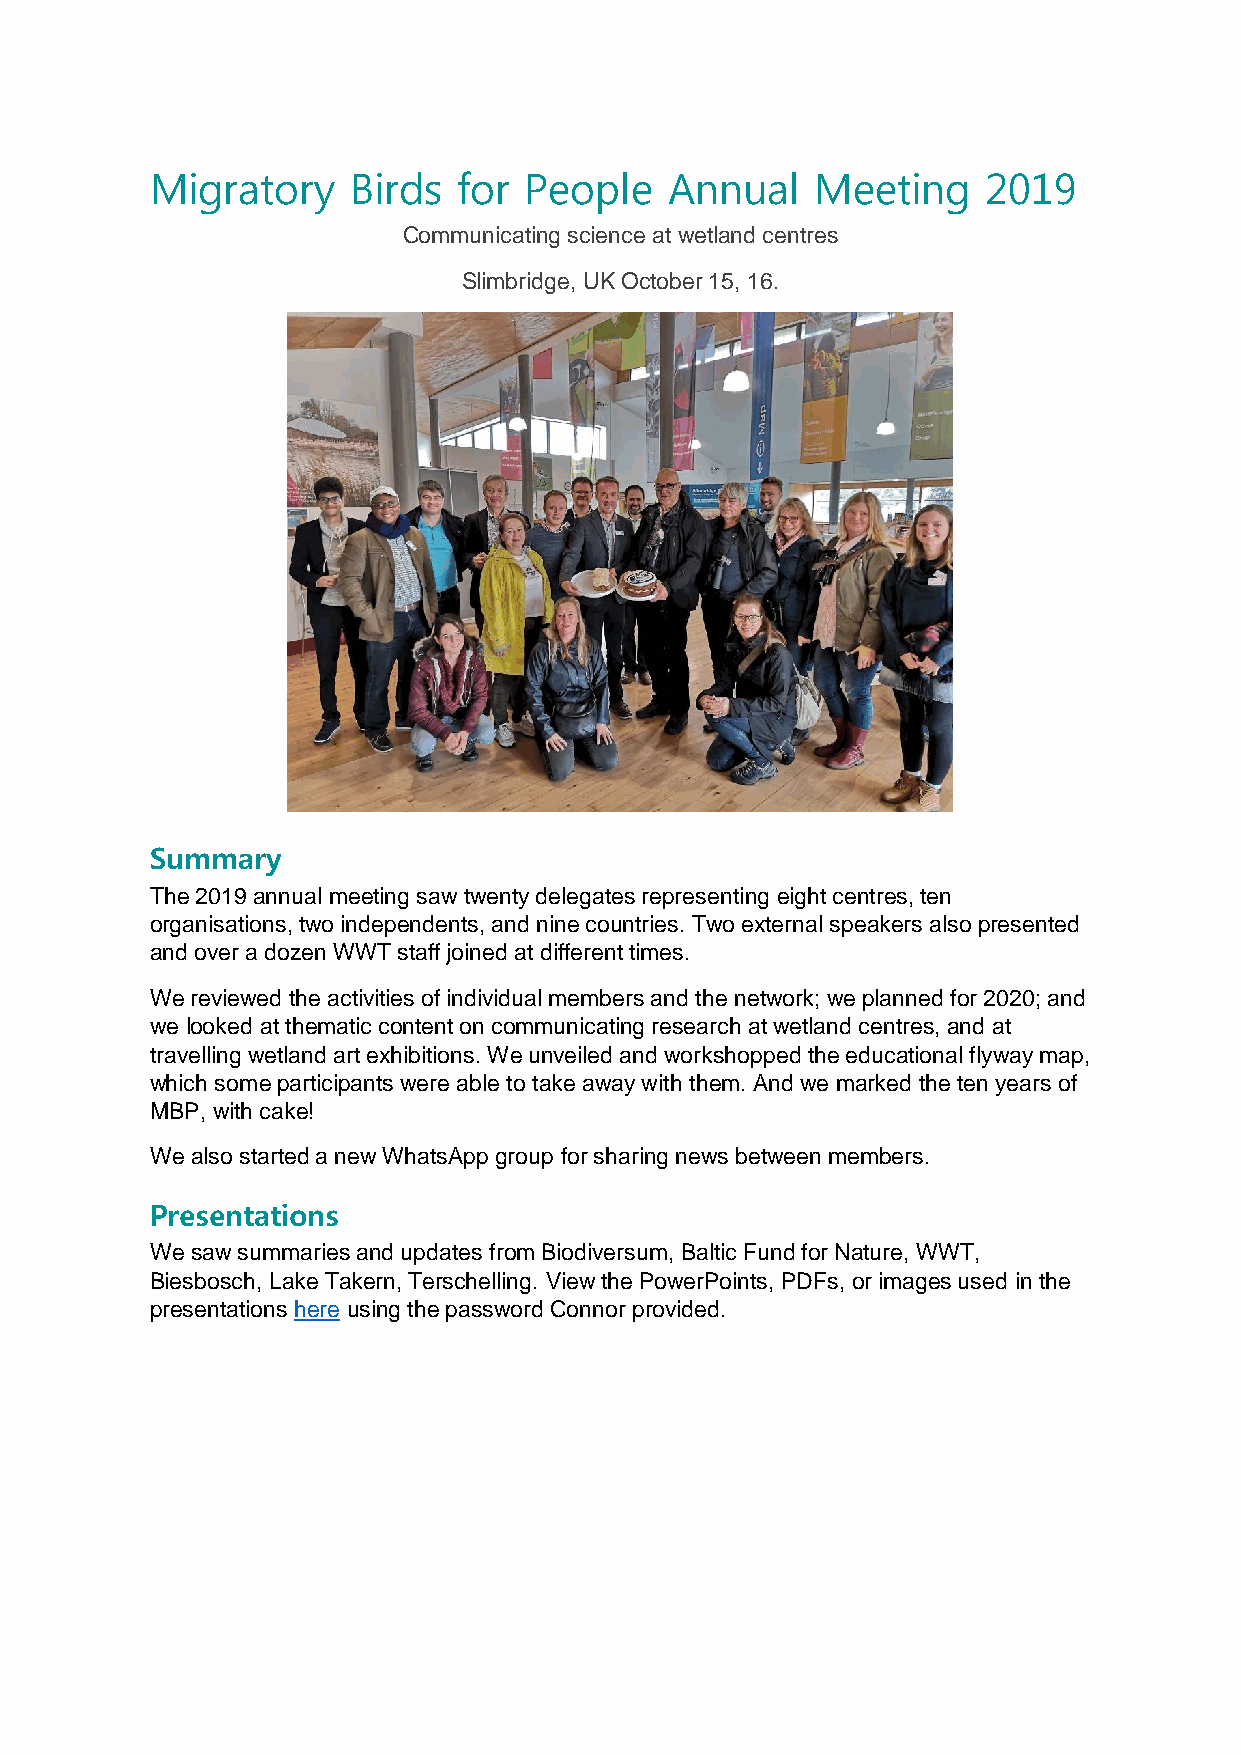
Migratory    Birds  for  People   Annual    Meeting    2019
 Communicating science at wetland centres
 Slimbridge, UK October 15, 16.
 Summary
 The 2019 annual meeting saw twenty delegates representing eight centres, ten
 organisations, two independents, and nine countries. Two external speakers also presented
 and over a dozen WWT staff joined at different times.
 We reviewed the activities of individual members and the network; we planned for 2020; and
 we looked at thematic content on communicating research at wetland centres, and at
 travelling wetland art exhibitions. We unveiled and workshopped the educational flyway map,
 which some participants were able to take away with them. And we marked the ten years of
 MBP, with cake!
 We also started a new WhatsApp group for sharing news between members.
 Presentations
 We saw summaries and updates from Biodiversum, Baltic Fund for Nature, WWT,
 Biesbosch, Lake Takern, Terschelling. View the PowerPoints, PDFs, or images used in the
 presentations here using the password Connor provided.